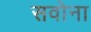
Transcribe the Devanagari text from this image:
सवोना